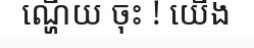
ណ្ហើយ ចុះ ! យើង